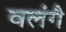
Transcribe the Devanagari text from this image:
वलंगै